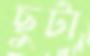
ছুটা